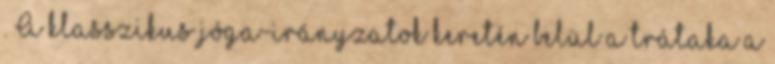
. A klasszikus jóga-irányzatok keretén belül a trátaka a